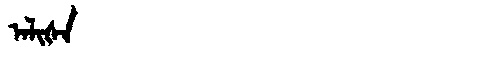
Manchu: ᠠᠯᡳᡧᠠ
Romanization: ALIŠA